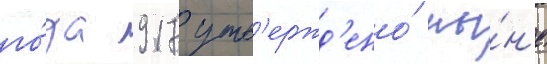
го́да 917 утв'ержд'ено́ ны́н'е